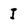
Character: I